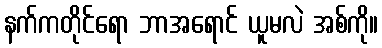
နက်ကတိုင်ရော ဘာအရောင် ယူမလဲ အစ်ကို။